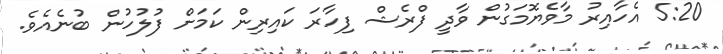
5:20 އެހާއިރު މާވެޔޮމަގުން ވާދީ ފްރެޝް ފިހާރަ ކައިރިން ކަމަށް ފުލުހުން ބުނެއެވެ.